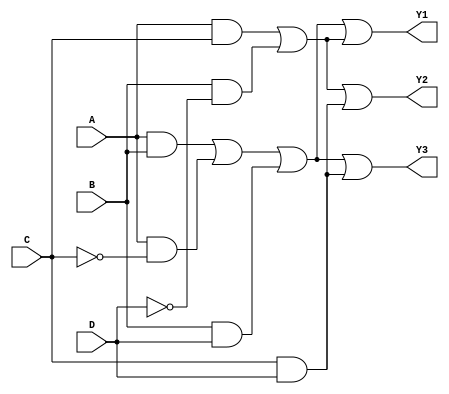
module PLA (
    input wire A,
    input wire B,
    input wire C,
    input wire D,
    // Add more inputs as needed
    output wire Y1,
    output wire Y2,
    output wire Y3
    // Add more outputs as needed
);

// AND Plane
wire P1, P2, P3; // Product terms

// Programmable AND gates
assign P1 = (A & B) | (A & ~C) | (B & D); // Example configuration for P1
assign P2 = (A & C) | (B & ~D);           // Example configuration for P2
assign P3 = (C & D);                      // Example configuration for P3

// OR Plane
wire O1, O2; // Outputs from OR gates

// Programmable OR gates
assign Y1 = P1 | P2; // Example configuration for output Y1
assign Y2 = P2 | P3; // Example configuration for output Y2
assign Y3 = P1 | P3; // Example configuration for output Y3

endmodule